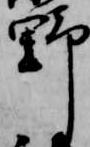
野